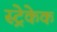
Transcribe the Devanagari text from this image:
स्ट्रेकेक